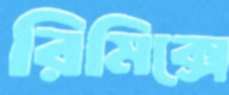
রিমিক্সে